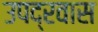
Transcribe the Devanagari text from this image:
उपद्रवास